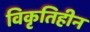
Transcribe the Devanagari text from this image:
विकृतिहीन